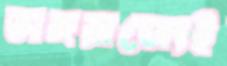
অঙ্গরাজ্যেই